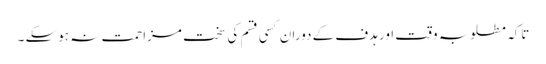
تاکہ مطلوبہ وقت اور ہدف کے دوران کسی قسم کی سخت مزاحمت نہ ہوسکے ۔